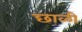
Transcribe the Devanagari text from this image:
छाळी